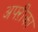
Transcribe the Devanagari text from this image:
अफ्ऱीका